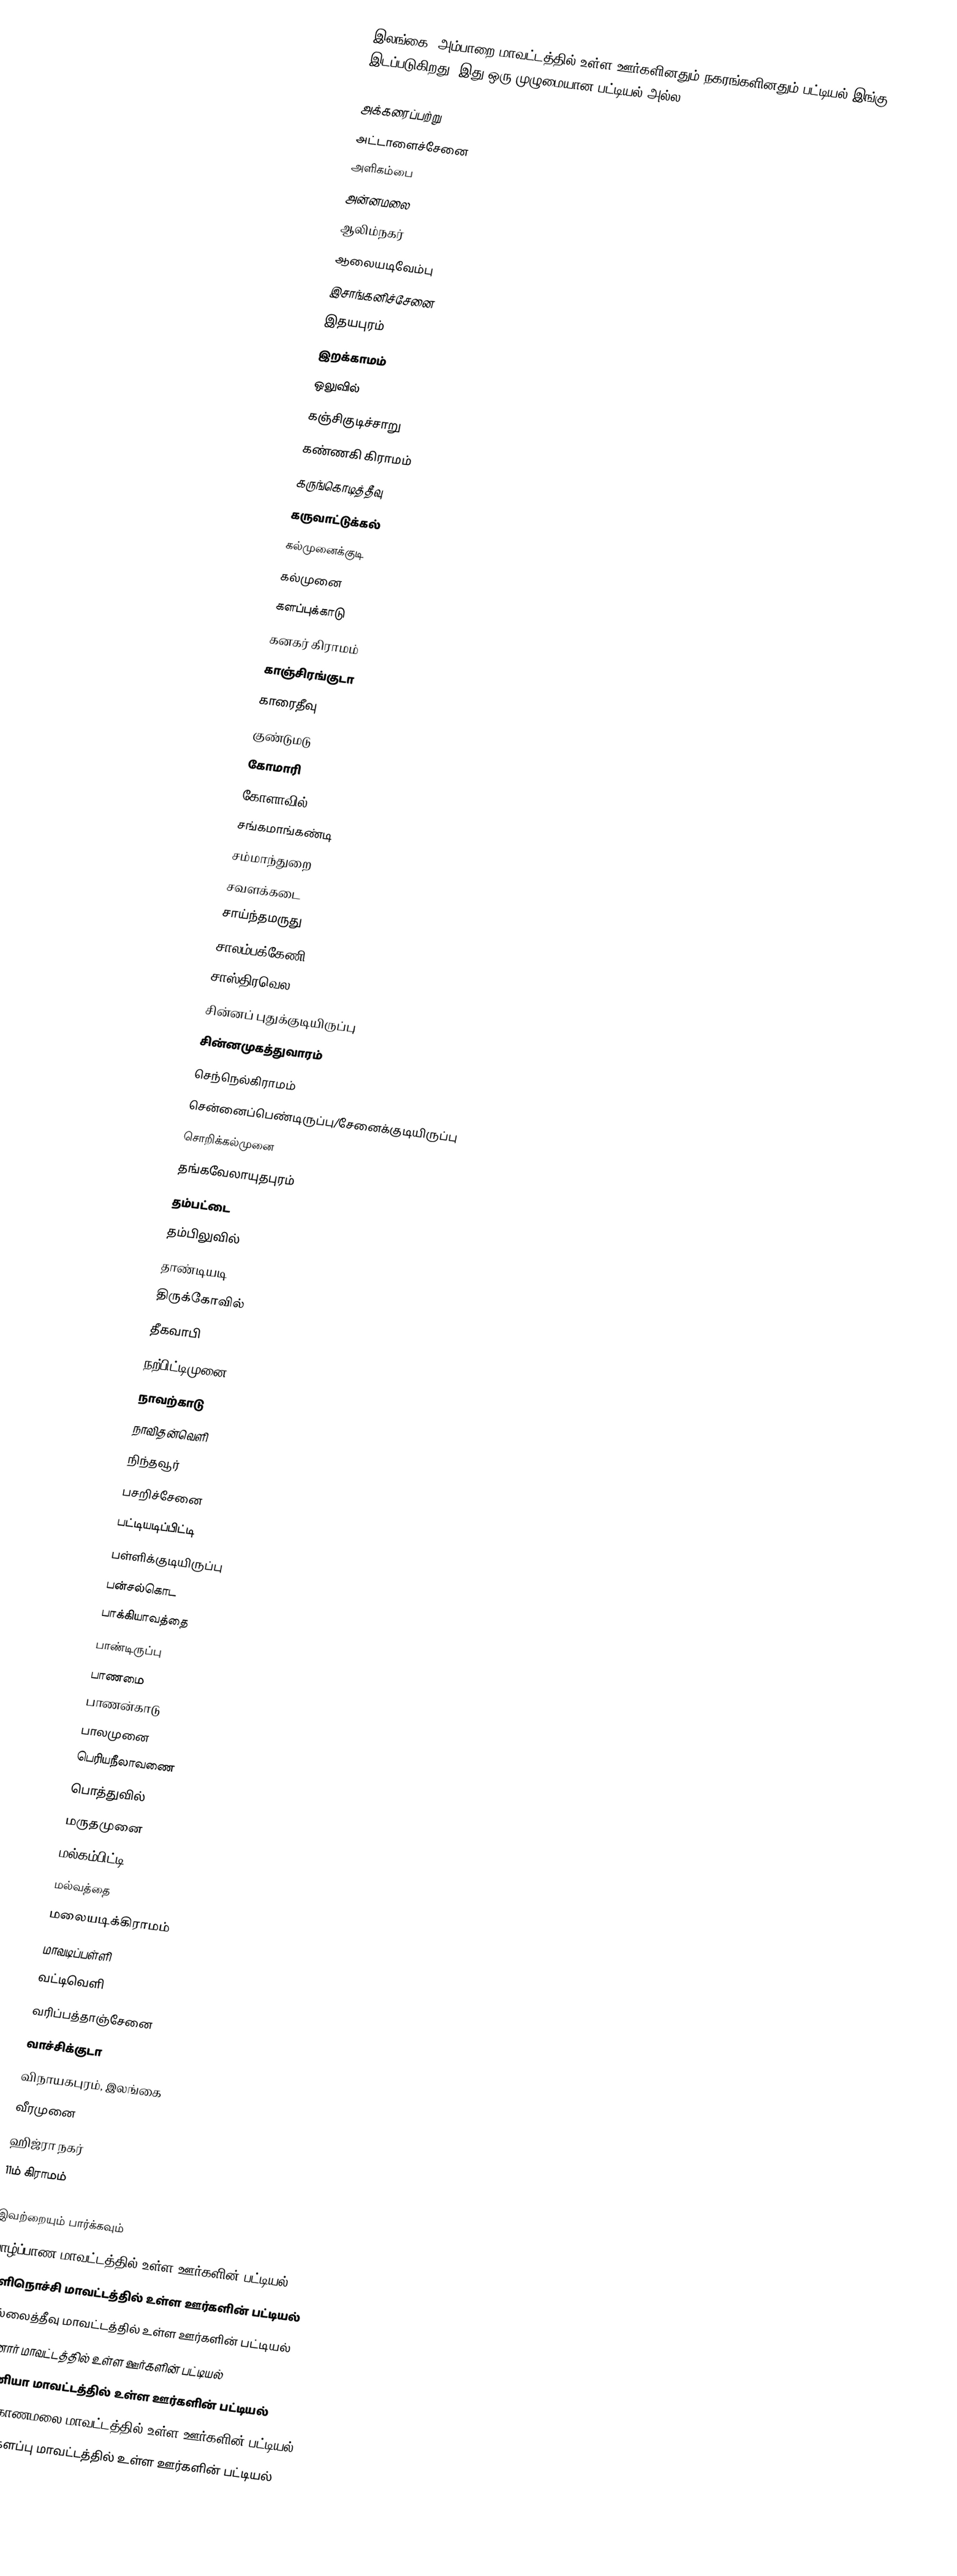
இலங்கை, அம்பாறை மாவட்டத்தில் உள்ள ஊர்களினதும் நகரங்களினதும் பட்டியல் இங்கு இடப்படுகிறது. இது ஒரு முழுமையான பட்டியல் அல்ல.

 அக்கரைப்பற்று
 அட்டாளைச்சேனை
 அளிகம்பை
 அன்னமலை
 ஆலிம்நகர்
 ஆலையடிவேம்பு
 இசாங்கனிச்சேனை
 இதயபுரம்
 இறக்காமம்
 ஒலுவில்
 கஞ்சிகுடிச்சாறு
 கண்ணகி கிராமம்
 கருங்கொடித்தீவு
 கருவாட்டுக்கல்
 கல்முனைக்குடி
 கல்முனை
 களப்புக்காடு
 கனகர் கிராமம்
 காஞ்சிரங்குடா
 காரைதீவு
 குண்டுமடு
 கோமாரி
 கோளாவில்
 சங்கமாங்கண்டி
 சம்மாந்துறை
 சவளக்கடை
 சாய்ந்தமருது
 சாலம்பக்கேணி
 சாஸ்திரவெல
 சின்னப் புதுக்குடியிருப்பு
 சின்னமுகத்துவாரம்
 செந்நெல்கிராமம்
 சென்னைப்பெண்டிருப்பு/சேனைக்குடியிருப்பு
 சொறிக்கல்முனை
 தங்கவேலாயுதபுரம்
 தம்பட்டை
 தம்பிலுவில்
 தாண்டியடி
 திருக்கோவில்
 தீகவாபி
 நற்பிட்டிமுனை
 நாவற்காடு
 நாவிதன்வெளி
 நிந்தவூர்
 பசறிச்சேனை
 பட்டியடிப்பிட்டி
 பள்ளிக்குடியிருப்பு
 பன்சல்கொட
 பாக்கியாவத்தை
 பாண்டிருப்பு
 பாணமை
 பாணன்காடு
 பாலமுனை
 பெரியநீலாவணை
 பொத்துவில்
 மருதமுனை
 மல்கம்பிட்டி
 மல்வத்தை
 மலையடிக்கிராமம்
 மாவடிப்பள்ளி
 வட்டிவெளி
 வரிப்பத்தாஞ்சேனை
 வாச்சிக்குடா
 விநாயகபுரம், இலங்கை
 வீரமுனை
 ஹிஜ்ரா நகர்
 11ம் கிராமம்

இவற்றையும் பார்க்கவும்
 யாழ்ப்பாண மாவட்டத்தில் உள்ள ஊர்களின் பட்டியல்
 கிளிநொச்சி மாவட்டத்தில் உள்ள ஊர்களின் பட்டியல்
 முல்லைத்தீவு மாவட்டத்தில் உள்ள ஊர்களின் பட்டியல்
 மன்னார் மாவட்டத்தில் உள்ள ஊர்களின் பட்டியல்
 வவுனியா மாவட்டத்தில் உள்ள ஊர்களின் பட்டியல்
 திருகோணமலை மாவட்டத்தில் உள்ள ஊர்களின் பட்டியல்
 மட்டக்களப்பு மாவட்டத்தில் உள்ள ஊர்களின் பட்டியல்